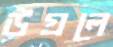
উগ্‌রলে